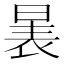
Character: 𱢉